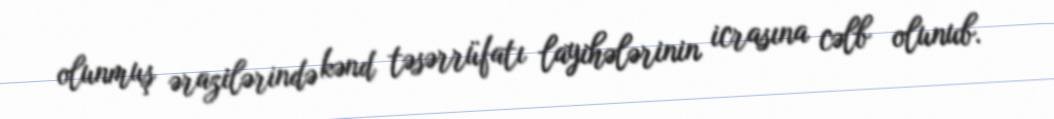
olunmuş ərazilərində kənd təsərrüfatı layihələrinin icrasına cəlb olunub.